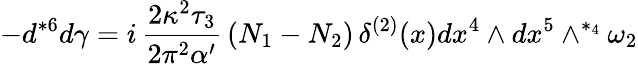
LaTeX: -d{}^{*6}d\gamma=i\, \frac{2\kappa^{2}\tau_{3}}{2\pi^{2}\alpha^{\prime}}\, (N_{1}-N_{2})\, \delta^{(2)}(x)dx^{4}\wedge dx^{5}\wedge^{*_{4}}\omega_{2}